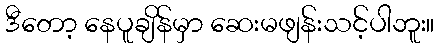
ဒီတော့ နေပူချိန်မှာ ဆေးမဖျန်းသင့်ပါဘူး။